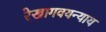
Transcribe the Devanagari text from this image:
रेखागवयन्याय